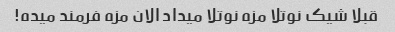
قبلا شیک نوتلا مزه نوتلا میداد الان مزه فرمند میده!